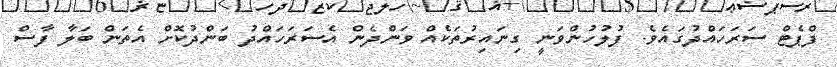
ފްޕެޓް ސަރަހައްދުގައެވެ. ފުލުހުންވަނީ ގިނައިރުތަކެއް ވަންދެން އެސަރަހައްދު ބަންދުކޮށް އެތަން ބަލާ ފާސް